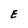
Character: E